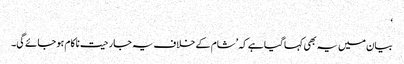
‘
بیان میں یہ بھی کہا گیا ہے کہ ’شام کے خلاف یہ جارحیت ناکام ہو جائے گی۔